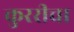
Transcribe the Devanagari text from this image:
कुररीचा